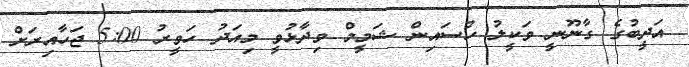
އަދީބުގެ ގާނޫނީ ވަކީލު ހުސައިން ޝަމީމް ވިދާޅުވީ މިއަދު ހަވީރު 5:00 ޖަހާއިރަށް